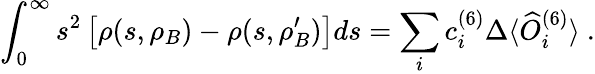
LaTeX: \int_{0}^{\infty}s^{2}\left[\rho(s,\rho_{B})-\rho(s,\rho_{B}^{\prime})\right]ds=\sum_{i}c_{i}^{(6)}\Delta\langle\widehat{O}_{i}^{(6)}\rangle\ .